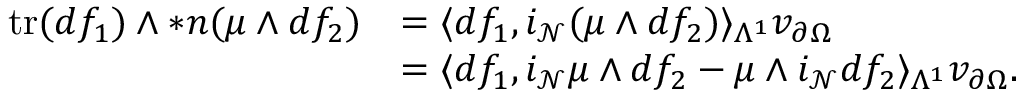
\begin{array} { r l } { \mathrm { t r } ( d f _ { 1 } ) \wedge \ast \boldsymbol { n } ( \mu \wedge d f _ { 2 } ) } & { = \langle d f _ { 1 } , i _ { \mathcal { N } } ( \mu \wedge d f _ { 2 } ) \rangle _ { \Lambda ^ { 1 } } v _ { \partial \Omega } } \\ & { = \langle d f _ { 1 } , i _ { \mathcal { N } } \mu \wedge d f _ { 2 } - \mu \wedge i _ { \mathcal { N } } d f _ { 2 } \rangle _ { \Lambda ^ { 1 } } v _ { \partial \Omega } . } \end{array}